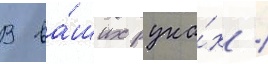
В ва́ших рука́х /